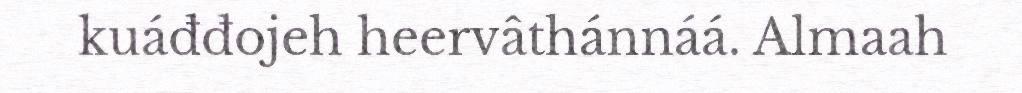
kuáđđojeh heervâthánnáá. Almaah